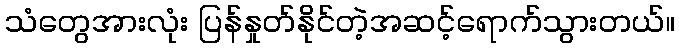
သံတွေအားလုံး ပြန်နှုတ်နိုင်တဲ့အဆင့်ရောက်သွားတယ်။